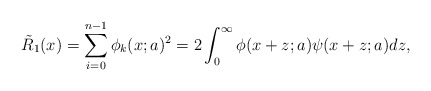
\begin{align*}\tilde{R}_1(x)=\sum_{i=0}^{n-1}\phi_k(x;a)^2=2\int_0^\infty\phi(x+z;a)\psi(x+z;a)dz,\end{align*}